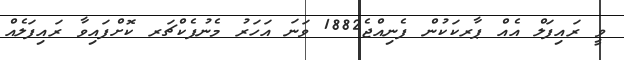
ވީ ރައިފަލް އެއް ޕާރކަކުން ފެނިއްޖެ1882 ވަނަ އަހަރު މެނުފެކްޗަރ ކޮށްފައިވާ ރައިފަލެއް